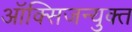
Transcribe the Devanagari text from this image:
ऑक्सिजन्युक्त